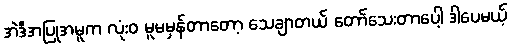
အဲဒီအပြုအမူက လုံးဝ မူမမှန်တာတော့ သေချာတယ် တော်သေးတာပေါ့ ဒါပေမယ့်